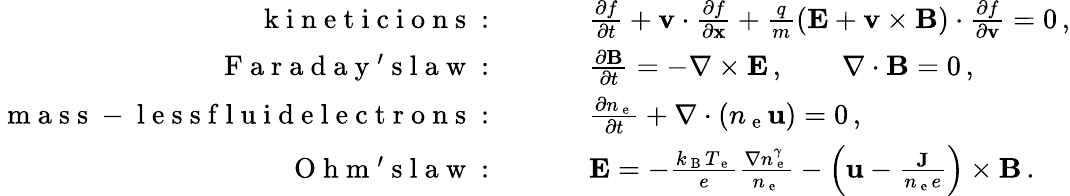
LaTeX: \begin{array}{rl}{\mathrm{~k~i~n~e~t~i~c~i~o~n~s~:~}\qquad}&{{}\frac{\partial f}{\partial t}+{\mathbf v}\cdot\frac{\partial f}{\partial\mathbf{x}}+\frac{q}{m}({\mathbf E}+{\mathbf v}\times{\mathbf{B}})\cdot\frac{\partial f}{\partial{\mathbf v}}=0\, ,}\\ {\mathrm{~F~a~r~a~d~a~y~'~s~l~a~w~:~}\qquad}&{{}\frac{\partial\mathbf{B}}{\partial t}=-\nabla\times{\mathbf E}\, ,\qquad\nabla\cdot\mathbf{B}=0\, ,}\\ {\mathrm{~m~a~s~s~-~l~e~s~s~f~l~u~i~d~e~l~e~c~t~r~o~n~s~:~}\qquad}&{{}\frac{\partial n_{\mathrm{~e~}}}{\partial t}+\nabla\cdot\left(n_{\mathrm{~e~}}\mathbf u\right)=0\, ,}\\ {\mathrm{~O~h~m~'~s~l~a~w~:~}\qquad}&{{}{\mathbf E}=-\frac{k_{\mathrm{~B~}}T_{\mathrm{~e~}}}{e}\frac{\nabla n_{\mathrm{~e~}}^{\gamma}}{n_{\mathrm{~e~}}}-\left(\mathbf u-\frac{\mathbf J}{n_{\mathrm{~e~}}e}\right)\times{\mathbf{B}}\, .}\end{array}